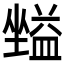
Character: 𡒪